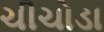
ચીચોડા